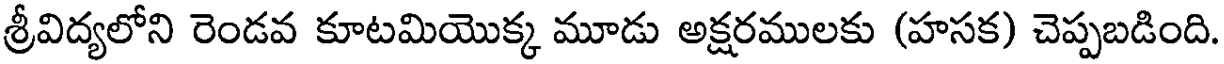
శ్రీవిద్యలోని రెండవ కూటమియొక్క మూడు అక్షరములకు (హసక) చెప్పబడింది